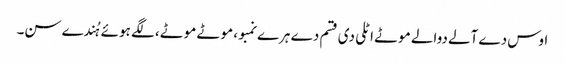
اوس دے آلے دوالے موٹے اٹلی دی قسم دے ہرے نمبو، موٹے موٹے، لگے ہوئے ہُندے سن۔